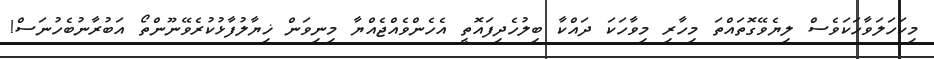
މިކަހަލަވާހަކަވެސް ލިޔެވޭގޮތައްތަ މިހާރި މިވާހަކަ ދައްކާ ބިލުހެދިފައޮތީ އެހެންވެއްޖެއްޔާ މިނިވަން ޚިޔާލުފާޅުކުރެވޭނޫންތޯ އަބުރާނުބެހުނަސް!